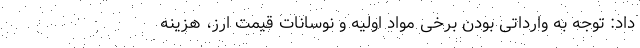
داد: توجه به وارداتی بودن برخی مواد اولیه و نوسانات قیمت ارز، هزینه